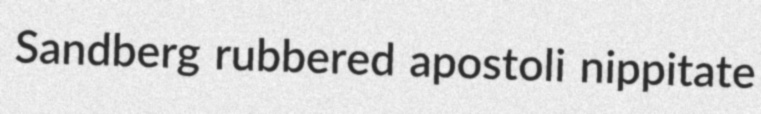
Sandberg rubbered apostoli nippitate